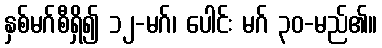
နှစ်မဂ်စီရှိ၍ ၁၂-မဂ်၊ ပေါင်း မဂ် ၃၀-မည်၏။